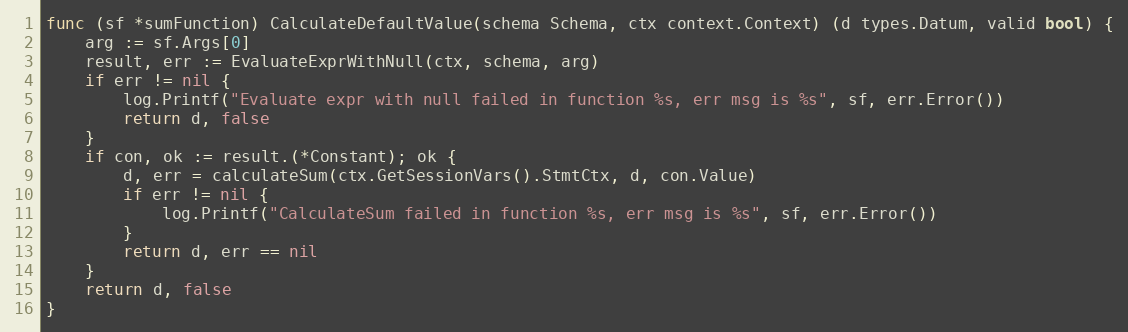
Language: Go
func (sf *sumFunction) CalculateDefaultValue(schema Schema, ctx context.Context) (d types.Datum, valid bool) {
	arg := sf.Args[0]
	result, err := EvaluateExprWithNull(ctx, schema, arg)
	if err != nil {
		log.Printf("Evaluate expr with null failed in function %s, err msg is %s", sf, err.Error())
		return d, false
	}
	if con, ok := result.(*Constant); ok {
		d, err = calculateSum(ctx.GetSessionVars().StmtCtx, d, con.Value)
		if err != nil {
			log.Printf("CalculateSum failed in function %s, err msg is %s", sf, err.Error())
		}
		return d, err == nil
	}
	return d, false
}